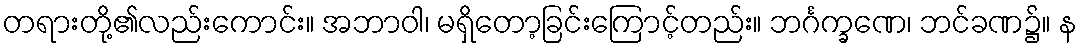
တရားတို့၏လည်းကောင်း။ အဘာဝါ၊ မရှိတော့ခြင်းကြောင့်တည်း။ ဘင်္ဂက္ခဏေ၊ ဘင်ခဏ၌။ န